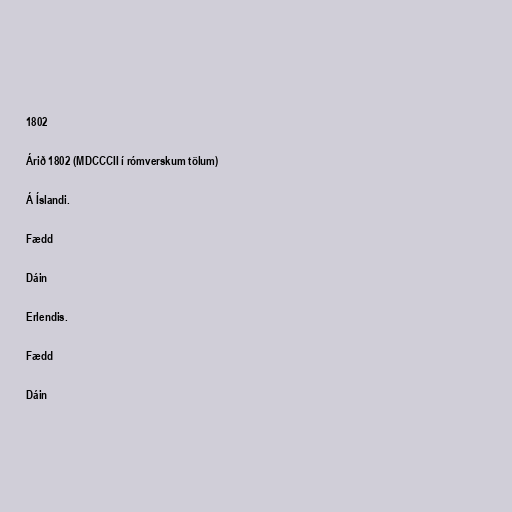
1802

Árið 1802 (MDCCCII í rómverskum tölum)

Á Íslandi.

Fædd

Dáin

Erlendis.

Fædd

Dáin